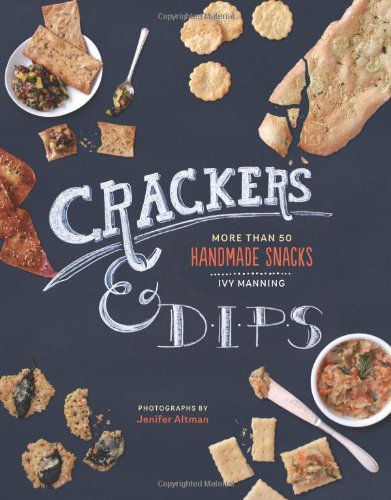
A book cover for Crackers & Dips: More than 50 Handmade Snacks; Ivy Manning; Cookbooks, Food & Wine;